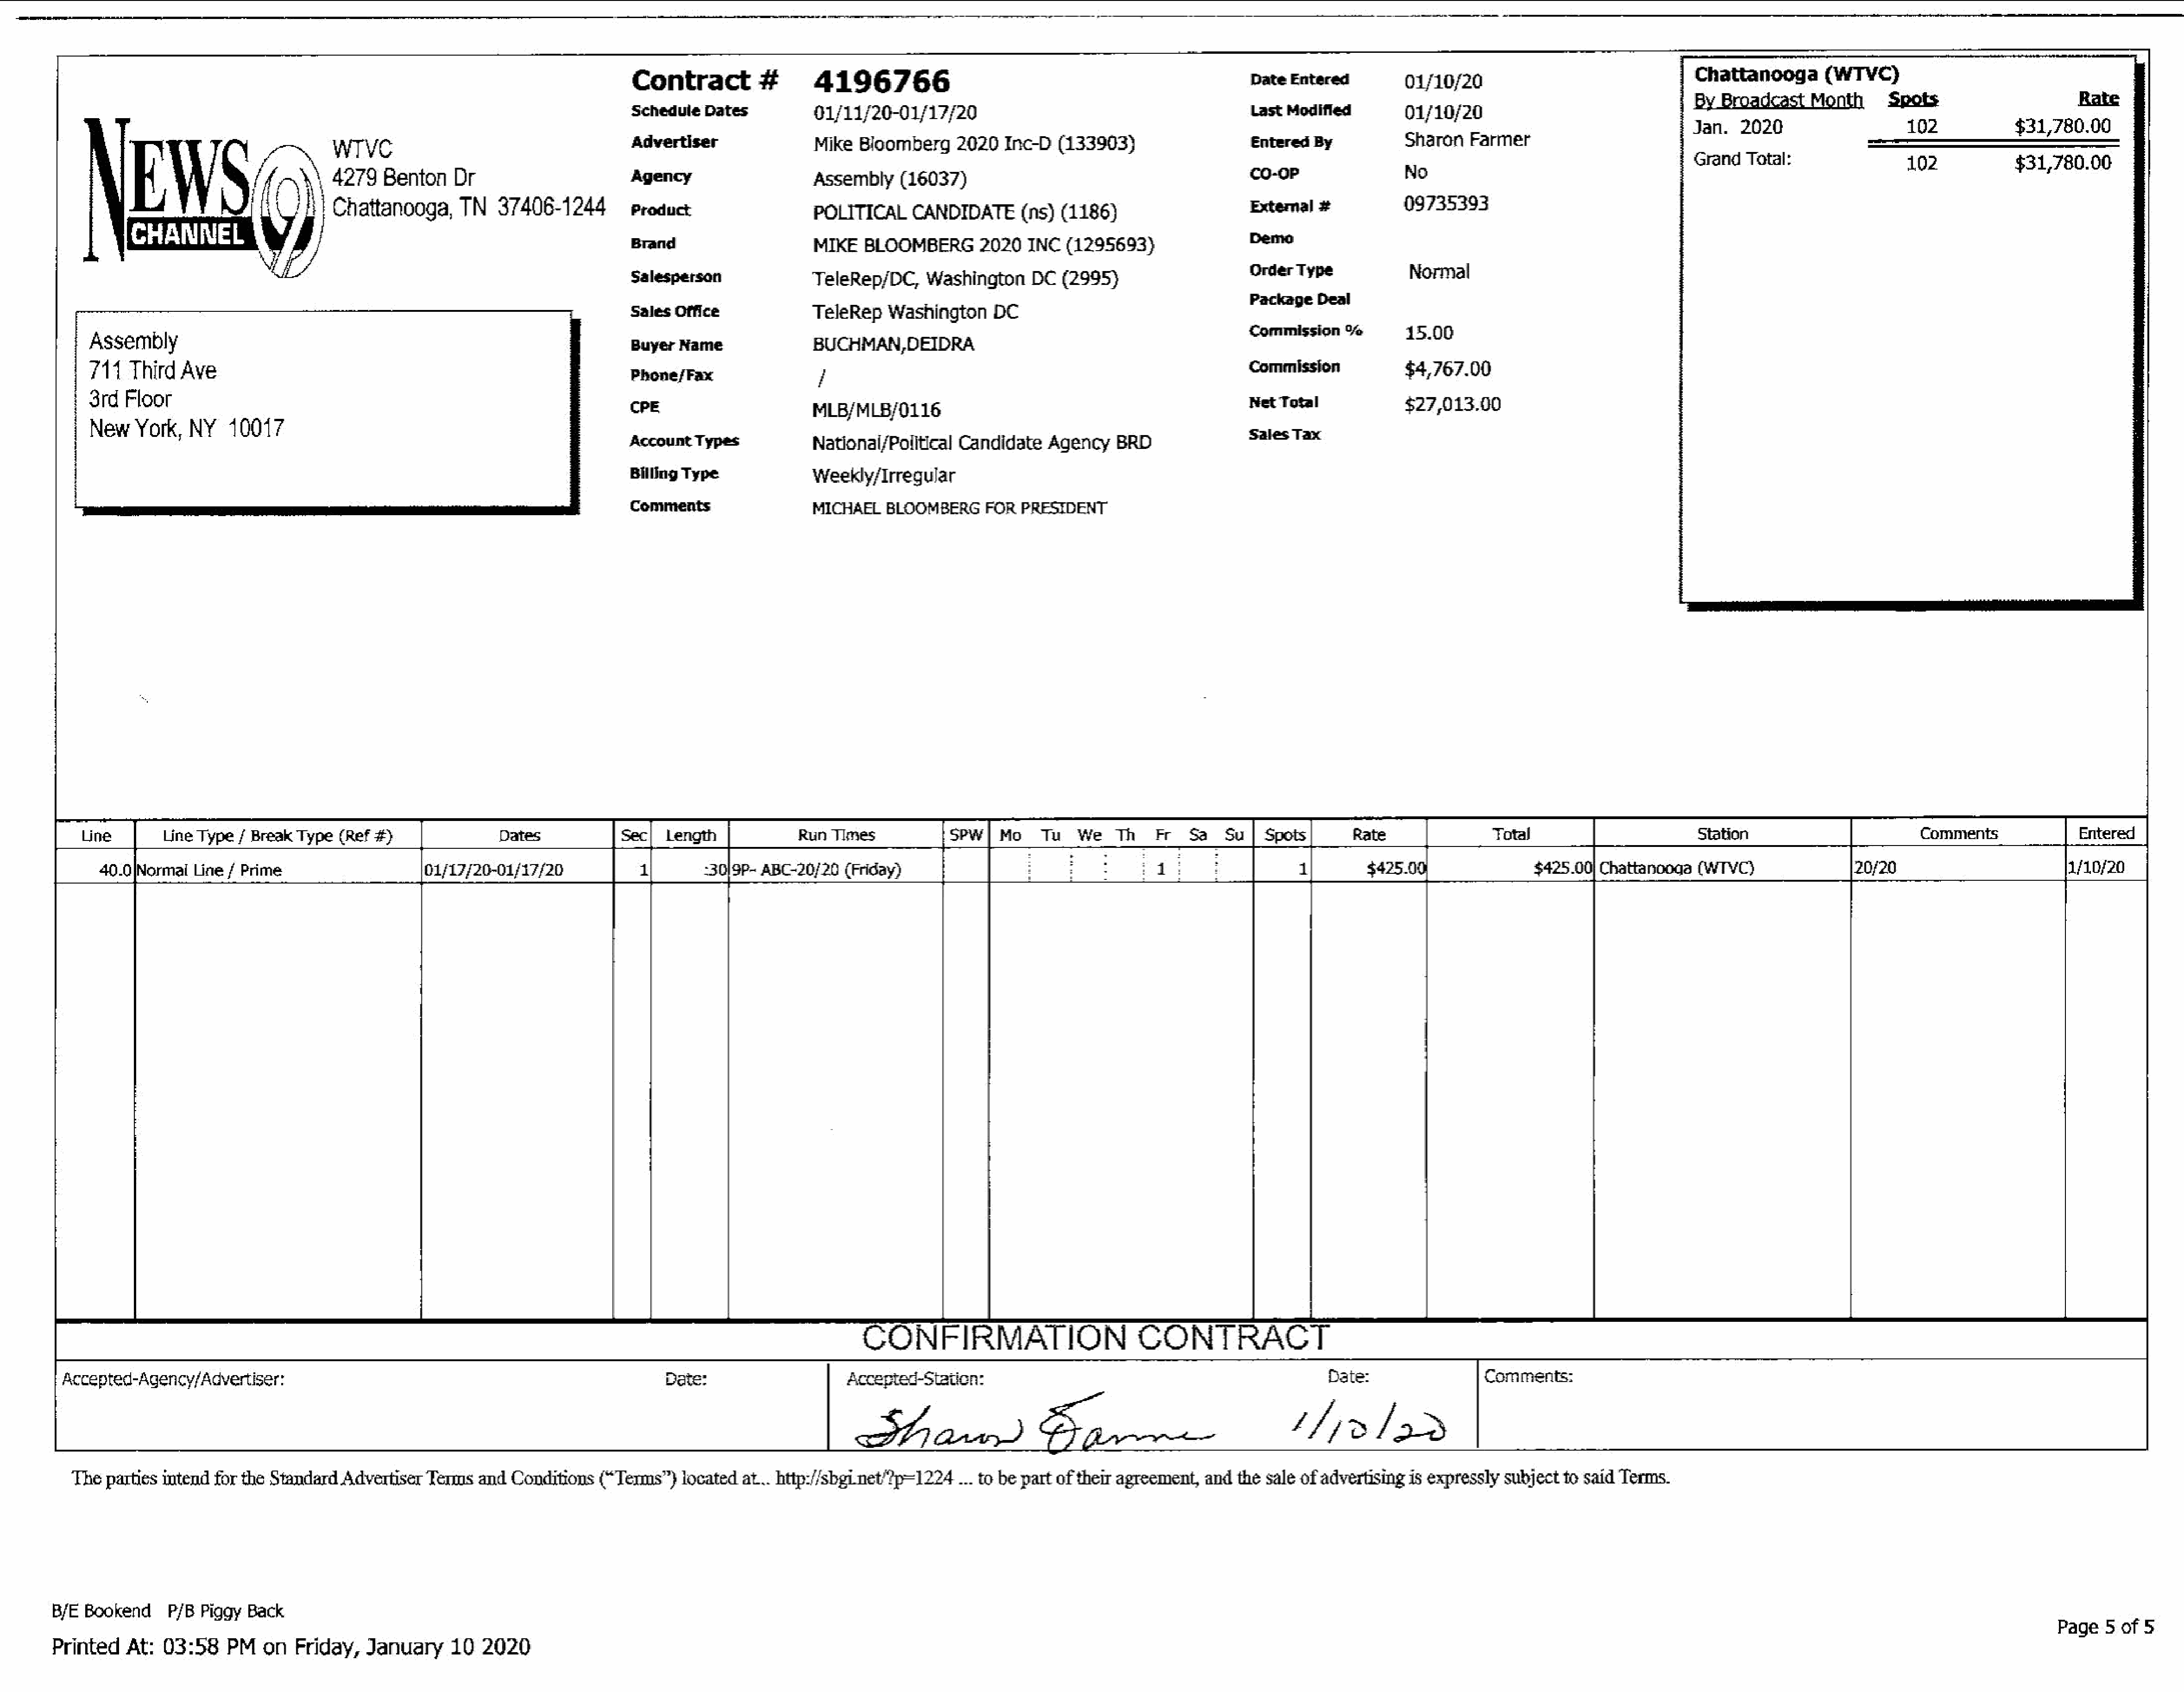
Contract#                 4196766
 Date  Entered         01/10/20
 Chattanooga        (WTVC)
 Schedule   Dates          01/11/20-01/17/20                                              Last Modified         01/10/20                                 roadiast                    Spots             saraa
 ix          WTVC                                      Advertiser                Mike   Bloomberg     2020   Inc-D  (133903)                    Entered  By           Sharon   Farmer                          Grand   Total:           Boe
 E             S      m\       4279   Benton    Dr                       ‘Agency                   Assembly     (16037)                                           co-0P                 No                                                                                          ow
 i     \/H!  Chattanooga,      TN   37406-1244         product                   POLITICAL     CANDIDATE       (ns)  (1186)                     External  #           09735393
 Cn                                                                      Brand                     MIKE    BLOOMBERG       2020   INC  (1295693)                  Demo
 Salesperson               TeleRep/DC,     Washington     DC   (2995)                     Order Type             Normal
 Sales Office              TeleRep    Washington     DC                                   Facioge  Dent
 Buyer  Name               BUCHMAN,DEIDRA
 Commission            45.00
 Assembly
 711  Third   Ave                                                             Phone/Fax                  /                                                            ‘Commission            $4,767.00
 3rd  Floor                                                                   CPE                       MLB/MLB/0116                                                  Net  Total             $27,013.00
 New   York,   NY    10017                                                    AccountTypes              Natlonal/Poiltical   Candidate    Agency    BRD               Sates  Tax
 Billing Type              Weekly/Irregular
 Comments                  MICHAEL    BLOOMBERG     FOR  PRESIDENT
 Line       Line Type  / Break Type   (Ref #)               Dates             Sec]  Length             Run  Times            sew]   Mo    Tu   We    Th   Fr   Sa   Su]   Spots]       Rate               Total                         Station                         Comments              Entered
 40.0|Normai   Line / Prime                     01/17/20-01/17/20              1        =30/9P- ABC-20/20   (Friday)                  oe                                     1         $425.00,               $425.00|  Chattanooga   (WTVC)                20/20                          4/10/20
 CONFIRMATION                            CONTRACT
 Accepted-Agency/Advertiser:                                                           Date:                     Accepted-Station:                                                    Date:                 Comments:
 Barn)                      Epc                                 ///>/2>
 Theparties   intend  for the Standard  Advertiser  Terms  and  Conditions   (“Terms”)  located  at... http://sbginet’?p=1224   ... to be part oftheir agreement,  and  thesale  ofadvertising  is expressly  subjectto  said Terms.
 B/E Bookend     P/B  Piggy Back
 Page   5 of 5
 Printed   At:  03:58    PM    on  Friday,   January      10  2020